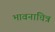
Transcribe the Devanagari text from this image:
भावनाचित्र